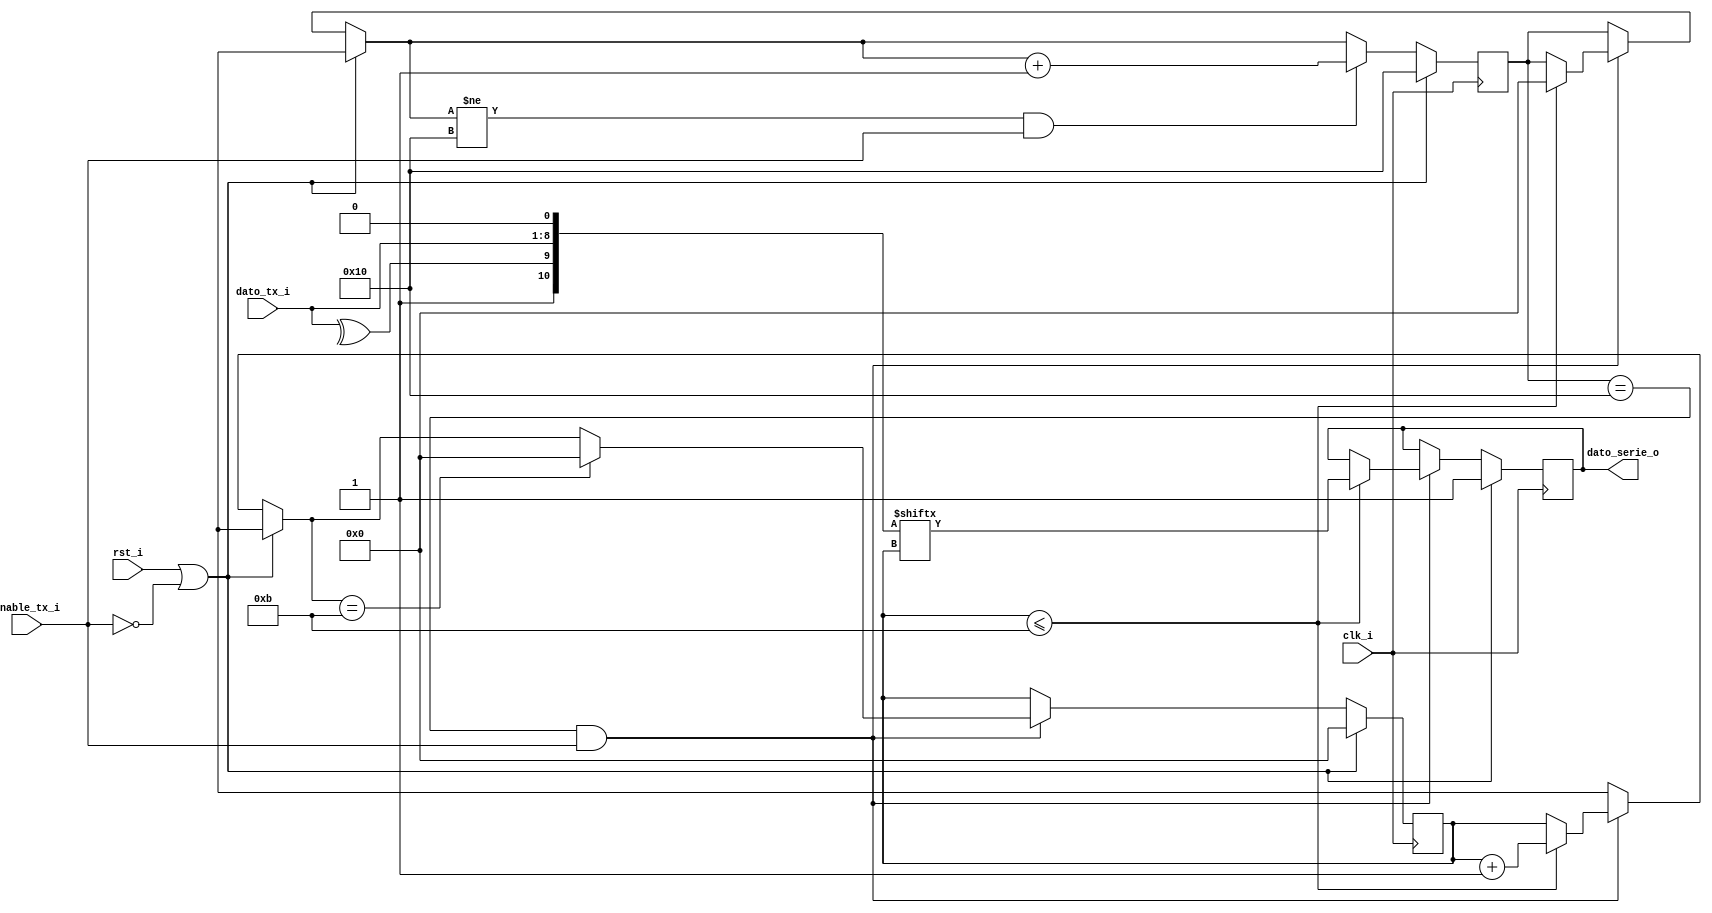
`timescale 1ns / 1ps
module Tx_uart(
    input clk_i,
    input rst_i,
    input [7:0] dato_tx_i,
    input enable_tx_i, // = Transmitir_o 
    output dato_serie_o
    );

    reg [10:0] trama;
    reg dato_o;
    reg [4:0] cont; // contar los bits enviados
    reg bit_p; // bit de paridad
    reg [4:0]clk_aux;

    assign dato_serie_o=dato_o;

    always @(posedge clk_i)begin 
        if(rst_i || !enable_tx_i ) begin
            dato_o  = 1;
            cont    = 16;
            clk_aux = 0;
        end else begin
            if (cont==16 && enable_tx_i==1) begin
                if(clk_aux<=11) begin
                    bit_p    = (^dato_tx_i);
                    trama    = {1'b1,bit_p,dato_tx_i[7:0],1'b0};
                    dato_o  <= trama[clk_aux];
                    clk_aux  = clk_aux+1;
                    cont     = 0;
                end 
                if (clk_aux==11) clk_aux = 0;         
            end            
            if (cont!=16 && enable_tx_i==1) cont = cont + 1;
       end
    end
endmodule